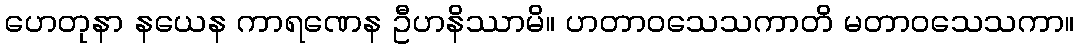
ဟေတုနာ နယေန ကာရဏေန ဦဟနိဿာမိ။ ဟတာဝသေသကာတိ မတာဝသေသကာ။